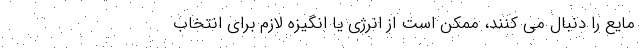
مایع را دنبال می کنند، ممکن است از انرژی یا انگیزه لازم برای انتخاب